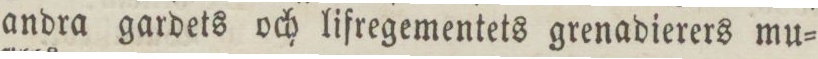
andra gardets och lifregementets grenadierers mu=